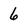
Character: 6